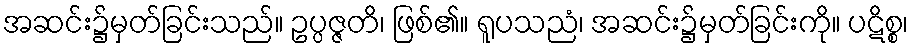
အဆင်း၌မှတ်ခြင်းသည်။ ဥပ္ပဇ္ဇတိ၊ ဖြစ်၏။ ရူပသညံ၊ အဆင်း၌မှတ်ခြင်းကို။ ပဋိစ္စ၊